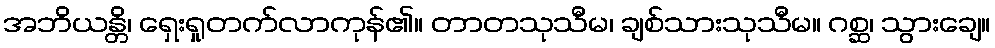
အဘိယန္တိ၊ ရှေးရှုတက်လာကုန်၏။ တာတသုသီမ၊ ချစ်သားသုသီမ။ ဂစ္ဆ၊ သွားချေ။